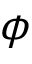
\phi